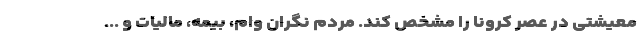
معیشتی در عصر کرونا را مشخص کند. مردم نگران وام، بیمه، مالیات و ...